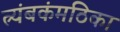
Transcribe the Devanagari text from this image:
त्र्यंबकंमठिका